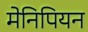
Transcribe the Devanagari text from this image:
मेनिपियन